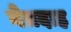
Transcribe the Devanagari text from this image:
नेत्रदाह